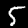
Digit: 5